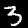
Digit: 3